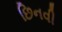
છિનવી